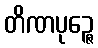
တိဏပုဉ္ဇေ